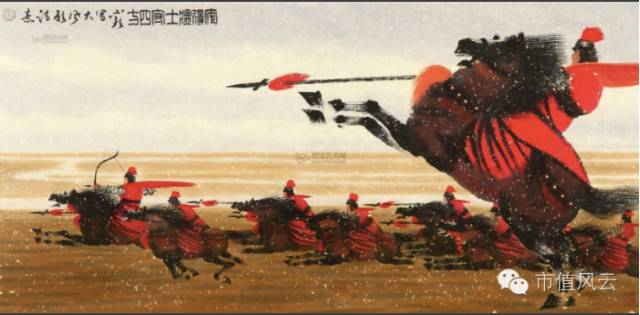
夜战桑乾北，秦兵半不归。